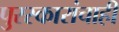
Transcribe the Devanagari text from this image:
पुरस्कारांचाही